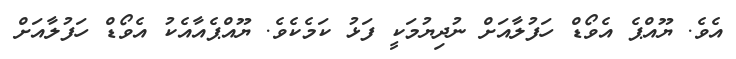
އެވެ. ޔޫއްޕެ އެވޯޑް ހަފުލާއަށް ނުދިޔުމަކީ ފަޅު ކަމެކެވެ. ޔޫއްޕެއާއެކު އެވޯޑް ހަފުލާއަށް